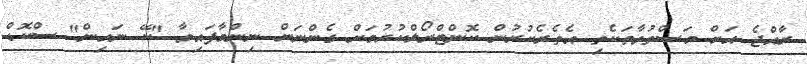
ރާއްޖެ އަށް މަސްތުވާތަކެތި އެތެރެކުރުން ކޮންޓްރޯލްކުރުމަށް ގެންނަން ނިންމާފައިވާ "ކޭ ނައިން" ސްކޮޑް